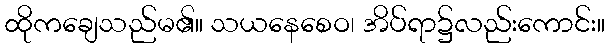
ထိုကချေသည်မ၏။ သယနေစေဝ၊ အိပ်ရာ၌လည်းကောင်း။